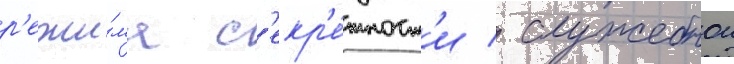
р'ежи́ма с'екр'е́тност'и / служебнои